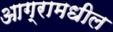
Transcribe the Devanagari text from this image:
आग्रामधील